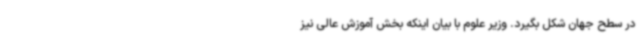
در سطح جهان شکل بگیرد. وزیر علوم با بیان اینکه بخش آموزش عالی نیز